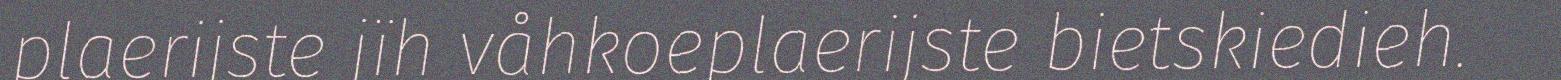
plaerijste jïh våhkoeplaerijste bietskiedieh.